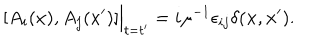
[ A _ { i } ( x ) , A _ { j } ( x ^ { \prime } ) ] \Big | _ { t = t ^ { \prime } } = i \mu ^ { - 1 } \epsilon _ { i j } \delta ( { \bf x } , { \bf x ^ { \prime } } ) .